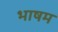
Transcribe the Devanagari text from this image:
भाषम